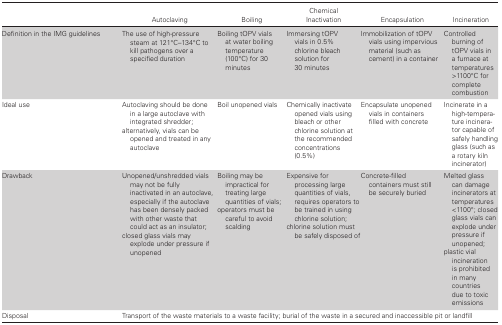
|  | Autoclaving | Boiling | Chemical Inactivation | Encapsulation | Incineration |
 | --- | --- | --- | --- | --- | --- |
 | Definition in the IMG guidelines | The use of high-pressure steam at 121°C–134°C to kill pathogens over a specified duration | Boiling tOPV vials at water boiling temperature (100°C) for 30 minutes | Immersing tOPV vials in 0.5% chlorine bleach solution for 30 minutes | Immobilization of tOPV vials using impervious material (such as cement) in a container | Controlled burning of tOPV vials in a furnace at temperatures >1100°C for complete combustion |
 | Ideal use | Autoclaving should be done in a large autoclave with integrated shredder;alternatively, vials can be opened and treated in any autoclave | Boil unopened vials | Chemically inactivate opened vials using bleach or other chlorine solution at the recommended concentrations (0.5%) | Encapsulate unopened vials in containers filled with concrete | Incinerate in a high-temperature incinerator capable of safely handling glass (such as a rotary kiln incinerator) |
 | Drawback | Unopened/unshredded vials may not be fully inactivated in an autoclave, especially if the autoclave has been densely packed with other waste that could act as an insulator;closed glass vials may explode under pressure if unopened | Boiling may be impractical for treating large quantities of vials;operators must be careful to avoid scalding | Expensive for processing large quantities of vials, requires operators to be trained in using chlorine solution;chlorine solution must be safely disposed of | Concrete-filled containers must still be securely buried | Melted glass can damage incinerators at temperatures <1100°; closed glass vials can explode under pressure if unopened;plastic vial incineration is prohibited in many countries due to toxic emissions |
 | Disposal | <COLSPAN=5> Transport of the waste materials to a waste facility; burial of the waste in a secured and inaccessible pit or landfill |